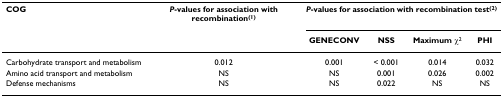
| COG | P-values for association with recombination(1) | <COLSPAN=4> P-values for association with recombination test(2) |
 |  |  | GENECONV | NSS | Maximum χ2 | PHI |
 | --- | --- | --- | --- | --- | --- |
 | Carbohydrate transport and metabolism | 0.012 | 0.001 | < 0.001 | 0.014 | 0.032 |
 | Amino acid transport and metabolism | NS | NS | 0.001 | 0.026 | 0.002 |
 | Defense mechanisms | NS | NS | 0.022 | NS | NS |